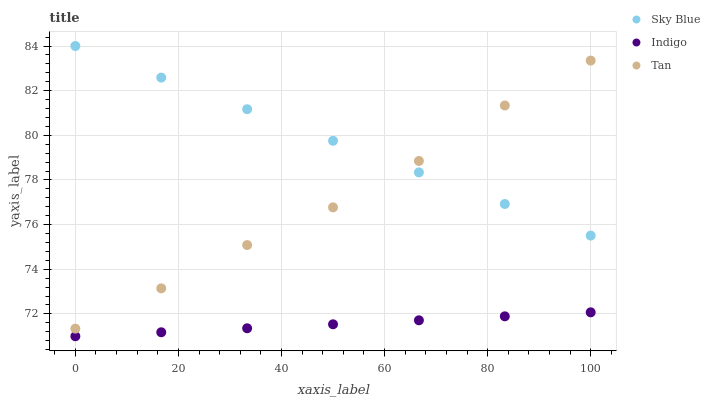
| xaxis_label | Sky Blue | Indigo | Tan |
 | --- | --- | --- | --- |
 | 0 | 84 | 71 | 71.3 |
 | 16.7 | 82.6 | 71.2 | 73.1 |
 | 33.3 | 81.2 | 71.4 | 75.1 |
 | 50 | 79.8 | 71.5 | 76.8 |
 | 66.7 | 78.3 | 71.7 | 78.9 |
 | 83.3 | 76.9 | 71.9 | 81.3 |
 | 100 | 75.5 | 72.1 | 83.3 |